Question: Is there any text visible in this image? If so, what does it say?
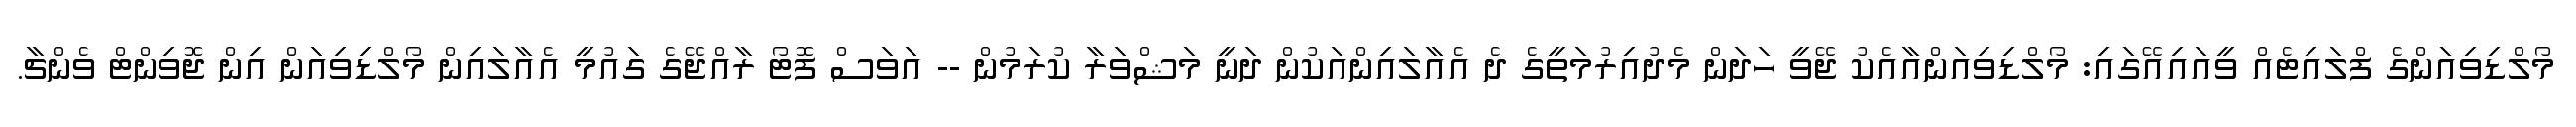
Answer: މޯލްޑިވިއަންގެ ފްލައިޓެއް ވީއައިއޭގައި: މޯލްޑިވިއަންއާއެކު ޖޭވީ ހަދަން މެދުއިރުމަތީގެ ދެ އެއާލައިންއަކުން ދަނީ މަޝްވަރާ ކުރަމުން -- އަވަސް ފޮޓޯ ރާއްޖޭގެ ގައުމީ އެއާލައިން މޯލްޑިވިއަން އިން ޖޮވިންޓް ވެންޗާ.